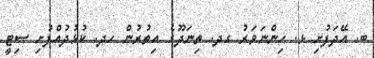
ބ. އޭދަފުށި ޅ. ހިންނަވަރު ގދ. ތިނަދޫގެ އިތުރުން ހދ. ކުޅުދުއްފުށި ސިޓީ